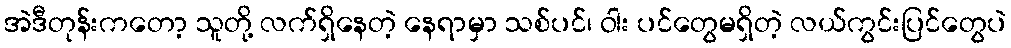
အဲဒီတုန်းကတော့ သူတို့ လက်ရှိနေတဲ့ နေရာမှာ သစ်ပင်၊ ဝါး ပင်တွေမရှိတဲ့ လယ်ကွင်းပြင်တွေပဲ